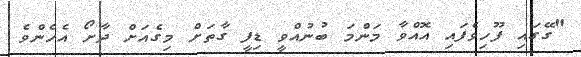
"ގޭގައި ފޫހިވެފައި އޮއްވާ މަންމަ ބުނުއްވީ ޑިފީ ގާތަށް މިގެއަށް ދާށޯ އެހެންވެ